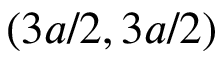
( 3 a / 2 , 3 a / 2 )